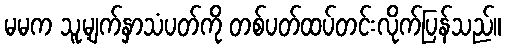
မမက သူ့မျက်နှာသံပတ်ကို တစ်ပတ်ထပ်တင်းလိုက်ပြန်သည်။